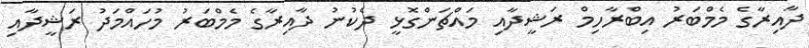
ދާއިރާގެ މެމްބަރު އިބްރާހިމް ރަޝީދާއި މައްޗަންގޮޅީ ދެކުނު ދާއިރާގެ މެމްބަރު މުހައްމަދު ރަޝީދާއި